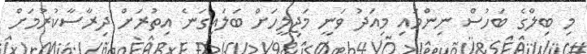
މި ބިލްގެ ބަހުސް ނިންމައި މިއަދު ވަނީ މަޖިލީހަށް ބަލައިގަނެ އިތުރަށް ދިރާސާކުރުމަށް